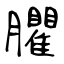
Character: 臞